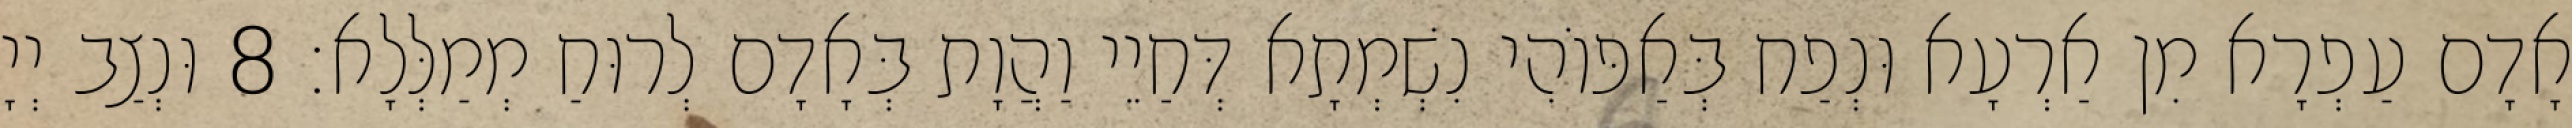
אָדָם עַפְרָא מִן אַרְעָא וּנְפַח בְּאַפּוֹהִי נִשְׁמְתָא דְּחַיֵי וַהֲוָת בְּאָדָם לְרוּחַ מְמַלְּלָא׃ 8 וּנְצַב יְיָ